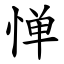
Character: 惮